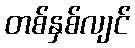
တစ်နှစ်လျင်